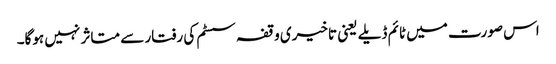
اس صورت میں ٹائم ڈیلے یعنی تاخیری وقفہ سسٹم کی رفتار سے متاثر نہیں ہوگا۔